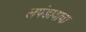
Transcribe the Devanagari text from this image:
लपंडावाचा